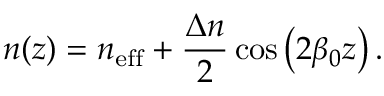
n ( z ) = n _ { \mathrm { e f f } } + \frac { \Delta n } { 2 } \cos \left( 2 \beta _ { 0 } z \right) .